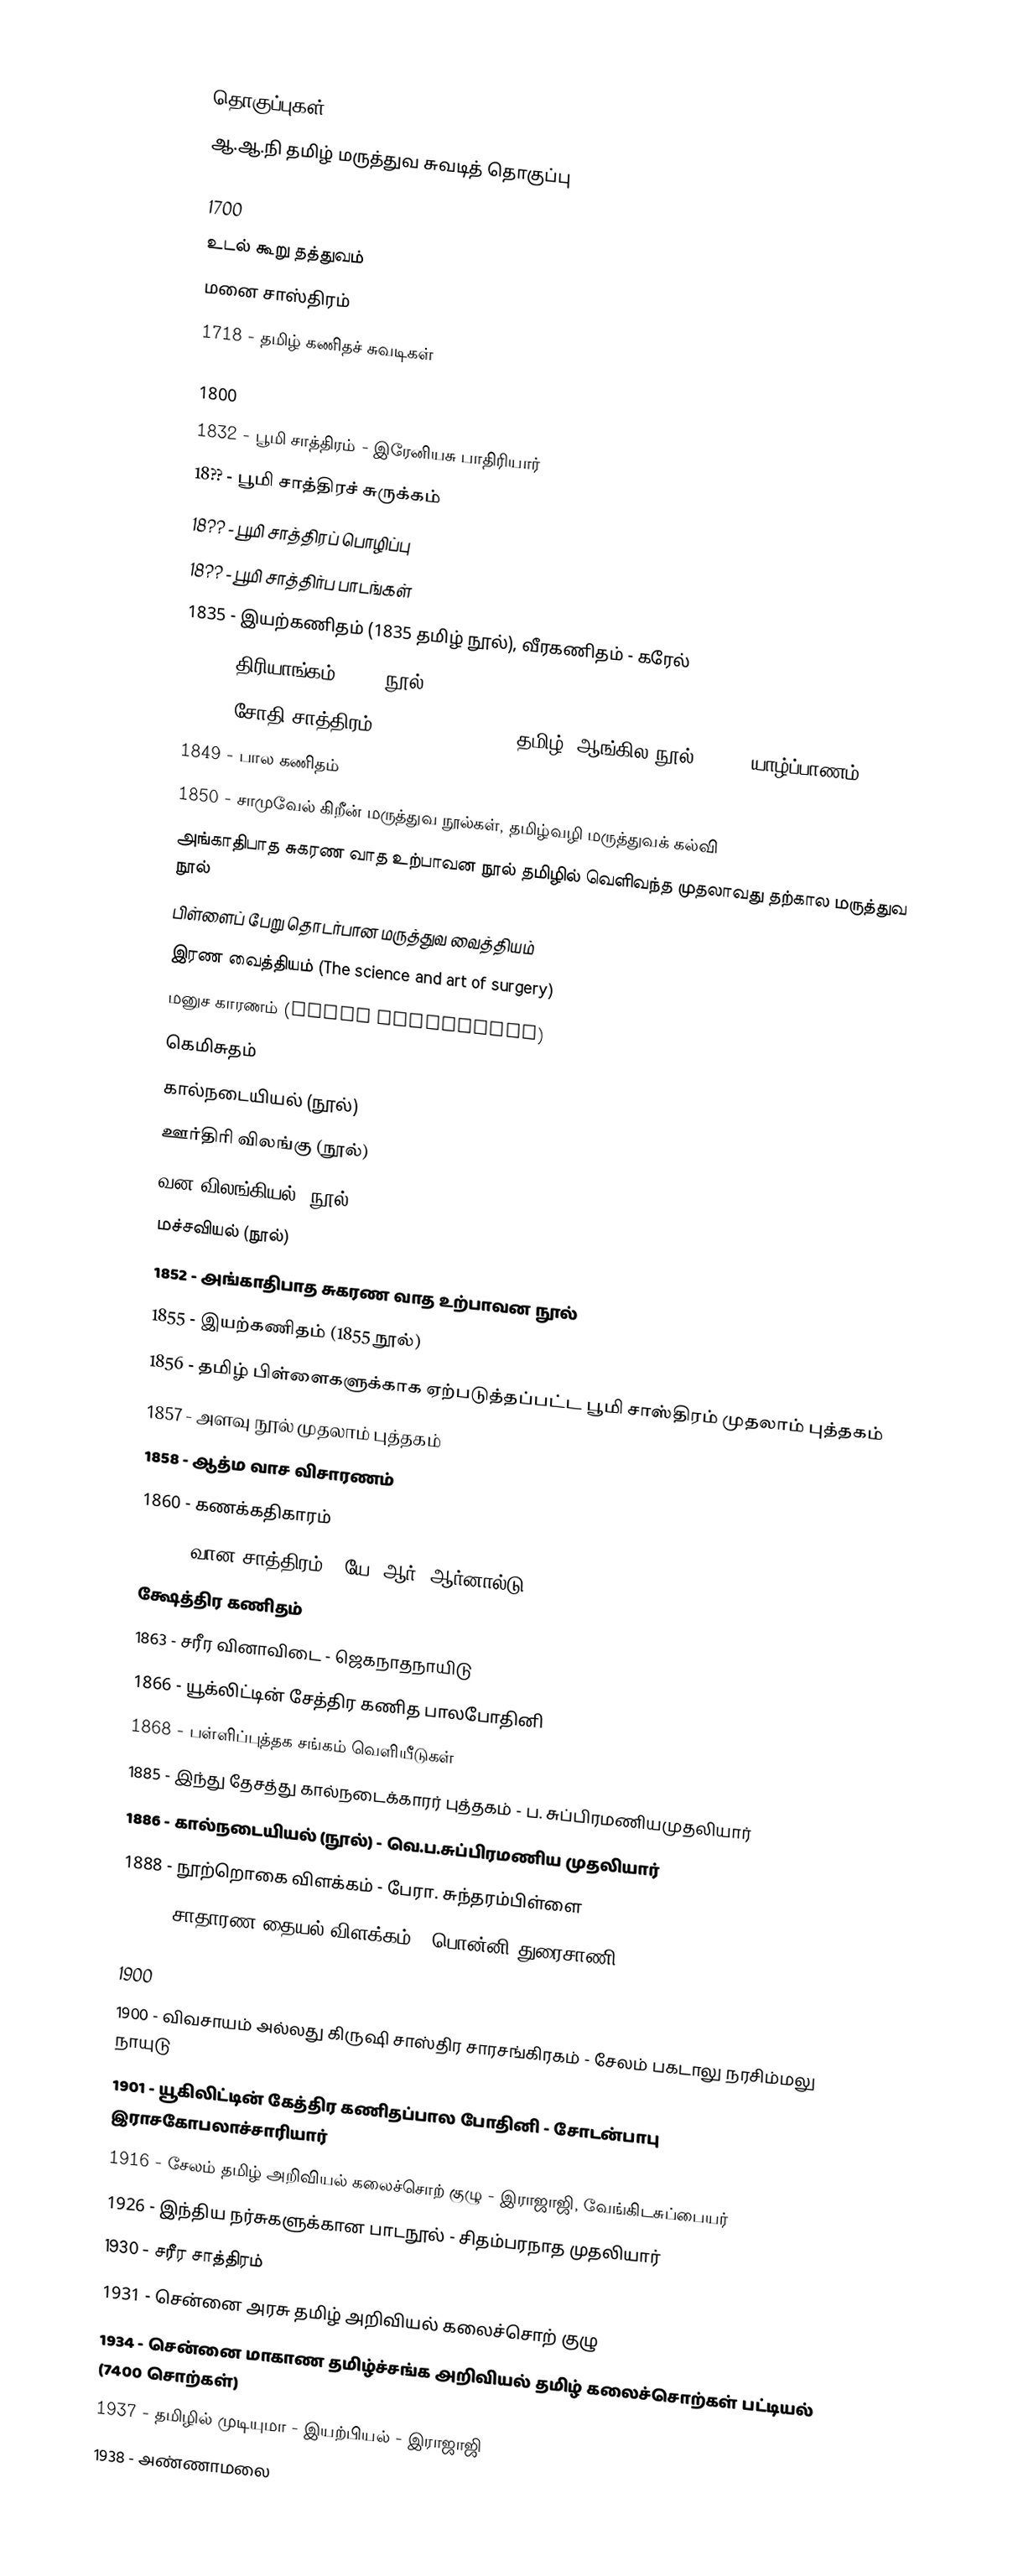

தொகுப்புகள்
 ஆ.ஆ.நி தமிழ் மருத்துவ சுவடித் தொகுப்பு

1700
 உடல் கூறு தத்துவம்
 மனை சாஸ்திரம்
 1718 - தமிழ் கணிதச் சுவடிகள்

1800
 1832 - பூமி சாத்திரம் - இரேனியசு பாதிரியார்
 18?? - பூமி சாத்திரச் சுருக்கம்
 18?? - பூமி சாத்திரப் பொழிப்பு
 18?? - பூமி சாத்திர்ப பாடங்கள்
 1835 - இயற்கணிதம் (1835 தமிழ் நூல்), வீரகணிதம் - கரேல்
 1848 - திரியாங்கம் (1848 நூல்)
 1848 - சோதி சாத்திரம் (Sodhi Saththiram, தமிழ், ஆங்கில நூல், 1848, யாழ்ப்பாணம்)
 1849 - பால கணிதம்
 1850 - சாமுவேல் கிறீன் மருத்துவ நூல்கள், தமிழ்வழி மருத்துவக் கல்வி
 அங்காதிபாத சுகரண வாத உற்பாவன நூல் தமிழில் வெளிவந்த முதலாவது தற்கால மருத்துவ நூல்
 பிள்ளைப் பேறு தொடர்பான மருத்துவ வைத்தியம்
 இரண வைத்தியம் (The science and art of surgery)
 மனுச காரணம் (Human physiology)
 கெமிசுதம்
 கால்நடையியல் (நூல்)
 ஊர்திரி விலங்கு (நூல்)
 வன விலங்கியல் (நூல்)
 மச்சவியல் (நூல்)
 1852 - அங்காதிபாத சுகரண வாத உற்பாவன நூல்
 1855 - இயற்கணிதம் (1855 நூல்)
 1856 - தமிழ் பிள்ளைகளுக்காக ஏற்படுத்தப்பட்ட பூமி சாஸ்திரம் முதலாம் புத்தகம்
 1857 - அளவு நூல் முதலாம் புத்தகம்
 1858 - ஆத்ம வாச விசாரணம்
 1860 - கணக்கதிகாரம்
 1861 - வான சாத்திரம் - யே. ஆர். ஆர்னால்டு
 க்ஷேத்திர கணிதம்
 1863 - சரீர வினாவிடை - ஜெகநாதநாயிடு
 1866 - யூக்லிட்டின் சேத்திர கணித பாலபோதினி
 1868 - பள்ளிப்புத்தக சங்கம் வெளியீடுகள்
 1885 - இந்து தேசத்து கால்நடைக்காரர் புத்தகம் - ப. சுப்பிரமணியமுதலியார்
 1886 - கால்நடையியல் (நூல்) - வெ.ப.சுப்பிரமணிய முதலியார்
 1888 - நூற்றொகை விளக்கம் - பேரா. சுந்தரம்பிள்ளை
 1888 - சாதாரண தையல் விளக்கம் - பொன்னி துரைசாணி

1900
 1900 - விவசாயம் அல்லது கிருஷி சாஸ்திர சாரசங்கிரகம் - சேலம் பகடாலு நரசிம்மலு நாயுடு
 1901 - யூகிலிட்டின் கேத்திர கணிதப்பால போதினி - சோடன்பாபு இராசகோபலாச்சாரியார்
 1916 - சேலம் தமிழ் அறிவியல் கலைச்சொற் குழு - இராஜாஜி, வேங்கிடசுப்பையர்
 1926 - இந்திய நர்சுகளுக்கான பாடநூல் - சிதம்பரநாத முதலியார்
 1930 - சரீர சாத்திரம்
 1931 - சென்னை அரசு தமிழ் அறிவியல் கலைச்சொற் குழு
 1934 - சென்னை மாகாண தமிழ்ச்சங்க அறிவியல் தமிழ் கலைச்சொற்கள் பட்டியல் (7400 சொற்கள்)
 1937 - தமிழில் முடியுமா - இயற்பியல் - இராஜாஜி
 1938 - அண்ணாமலை